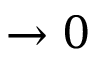
\rightarrow 0